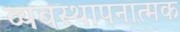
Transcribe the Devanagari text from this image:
व्यवस्थापनात्मक